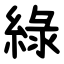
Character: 綠